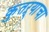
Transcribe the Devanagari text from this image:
कुतऱ्याचा